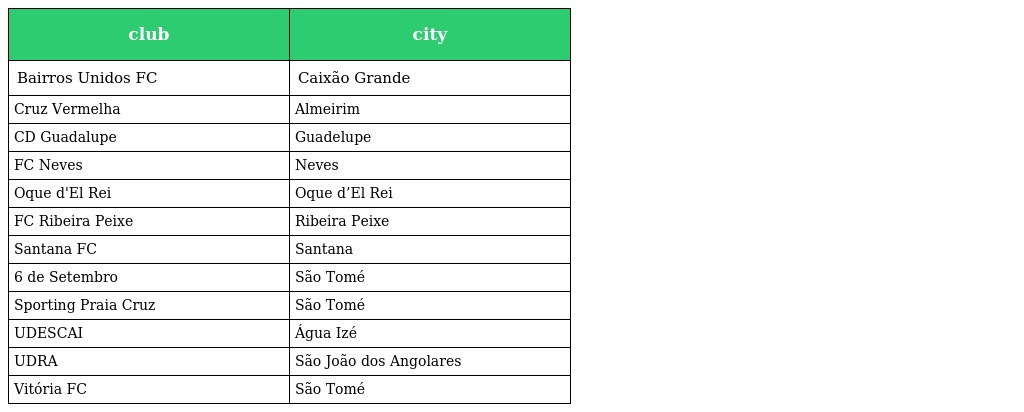
| club | city |
 | --- | --- |
 | Bairros Unidos FC | Caixão Grande |
 | Cruz Vermelha | Almeirim |
 | CD Guadalupe | Guadelupe |
 | FC Neves | Neves |
 | Oque d'El Rei | Oque d’El Rei |
 | FC Ribeira Peixe | Ribeira Peixe |
 | Santana FC | Santana |
 | 6 de Setembro | São Tomé |
 | Sporting Praia Cruz | São Tomé |
 | UDESCAI | Água Izé |
 | UDRA | São João dos Angolares |
 | Vitória FC | São Tomé |